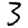
Digit: 3